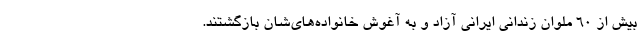
بیش از ۶۰ ملوان زندانی ایرانی آزاد و به آغوش خانواده‌های‌شان بازگشتند.